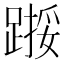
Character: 𫏙